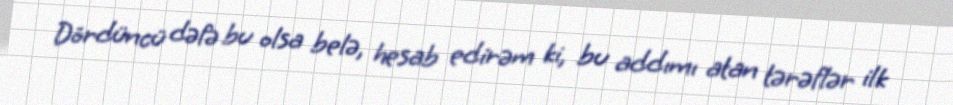
Dördüncü dəfə bu olsa belə, hesab edirəm ki, bu addımı atan tərəflər ilk